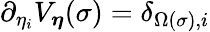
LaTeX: \partial_{\eta_{i}}V_{\boldsymbol{\eta}}(\sigma)=\delta_{\Omega(\sigma),i}